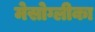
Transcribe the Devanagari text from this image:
मेसोग्लीका